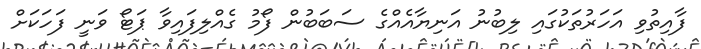
ފާއިތުވި އަހަރުތަކުގައި ލިބުނު އަނިޔާއެއްގެ ސަބަބުން ފޯމު ގެއްލިފައިވާ ޕަޓޯ ވަނީ ފަހަކަށް